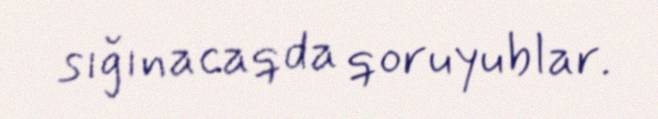
sığınacaqda qoruyublar.